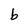
Character: b